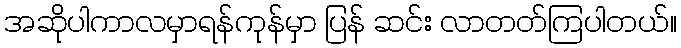
အဆိုပါကာလမှာရန်ကုန်မှာ ပြန် ဆင်း လာတတ်ကြပါတယ်။